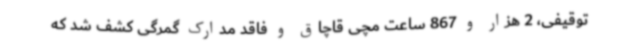
توقیفی، 2 هزار و 867 ساعت مچی قاچاق و فاقد مدارک گمرگی کشف شد که